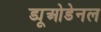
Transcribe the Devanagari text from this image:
ड्यूओडेनल